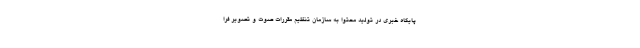
پایگاه خبری در تولید محتوا به سازمان تنظیم مقررات صوت و تصویر فرا